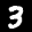
Label: 3